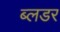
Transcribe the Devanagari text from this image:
ब्लडर